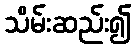
သိမ်းဆည်း၍